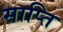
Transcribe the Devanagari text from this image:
साप्ति